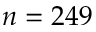
n = 2 4 9